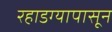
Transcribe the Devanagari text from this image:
रहाडग्यापासून